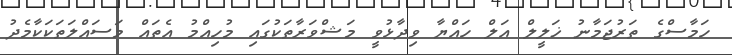
ހަމާސްގެ ތަރުޖަމާނު ޚަލީލް އަލް ހައްޔާ ވިދާޅުވީ މަޝްވަރާތަކުގައި މުހިއްމު އެތައް މަސައްލަތަކަކާމެދު